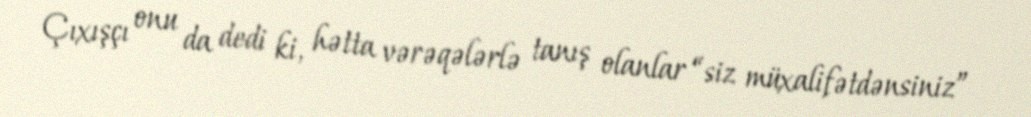
Çıxışçı onu da dedi ki, hətta vərəqələrlə tanış olanlar “siz müxalifətdənsiniz”